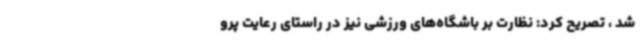
شد ، تصریح کرد: نظارت بر باشگاه‌های ورزشی نیز در راستای رعایت پرو